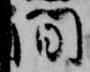
間